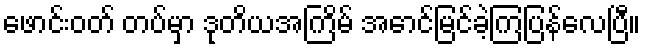
ဖောင်းဝတ် တပ်မှာ ဒုတိယအကြိမ် အောင်မြင်ခဲ့ကြပြန်လေပြီ။